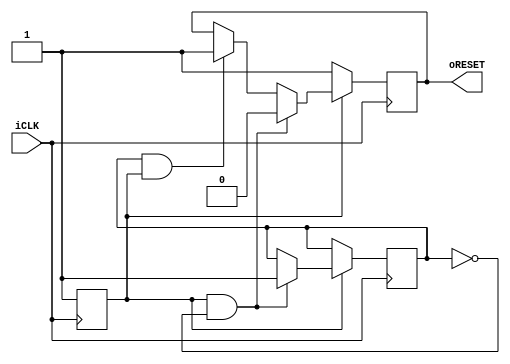
module sys_reset (
input iCLK,
output oRESET
);

reg delay0;
reg delay1;
reg out_reset; 

initial 
begin
	delay0 <= 1'b0;
	delay1 <= 1'b0;
	out_reset <= 1'b1;
end

always @(posedge iCLK)
begin
	if (delay0 == 1'b0)begin
		delay0 <= 1'b1;
		out_reset <= 1'b1;
	end
	else if(delay0 == 1'b1 & delay1 == 1'b0)begin
		out_reset <= 1'b0;
		delay1 <= 1'b1;
	end 
	else if(delay1==1'b1 & delay0 == 1'b1)begin
		out_reset <= 1'b1;
	end
end

assign oRESET = out_reset;

endmodule